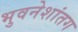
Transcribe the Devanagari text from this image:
भुवनेशांतग